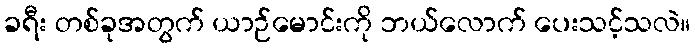
ခရီး တစ်ခုအတွက် ယာဉ်မောင်းကို ဘယ်လောက် ပေးသင့်သလဲ။